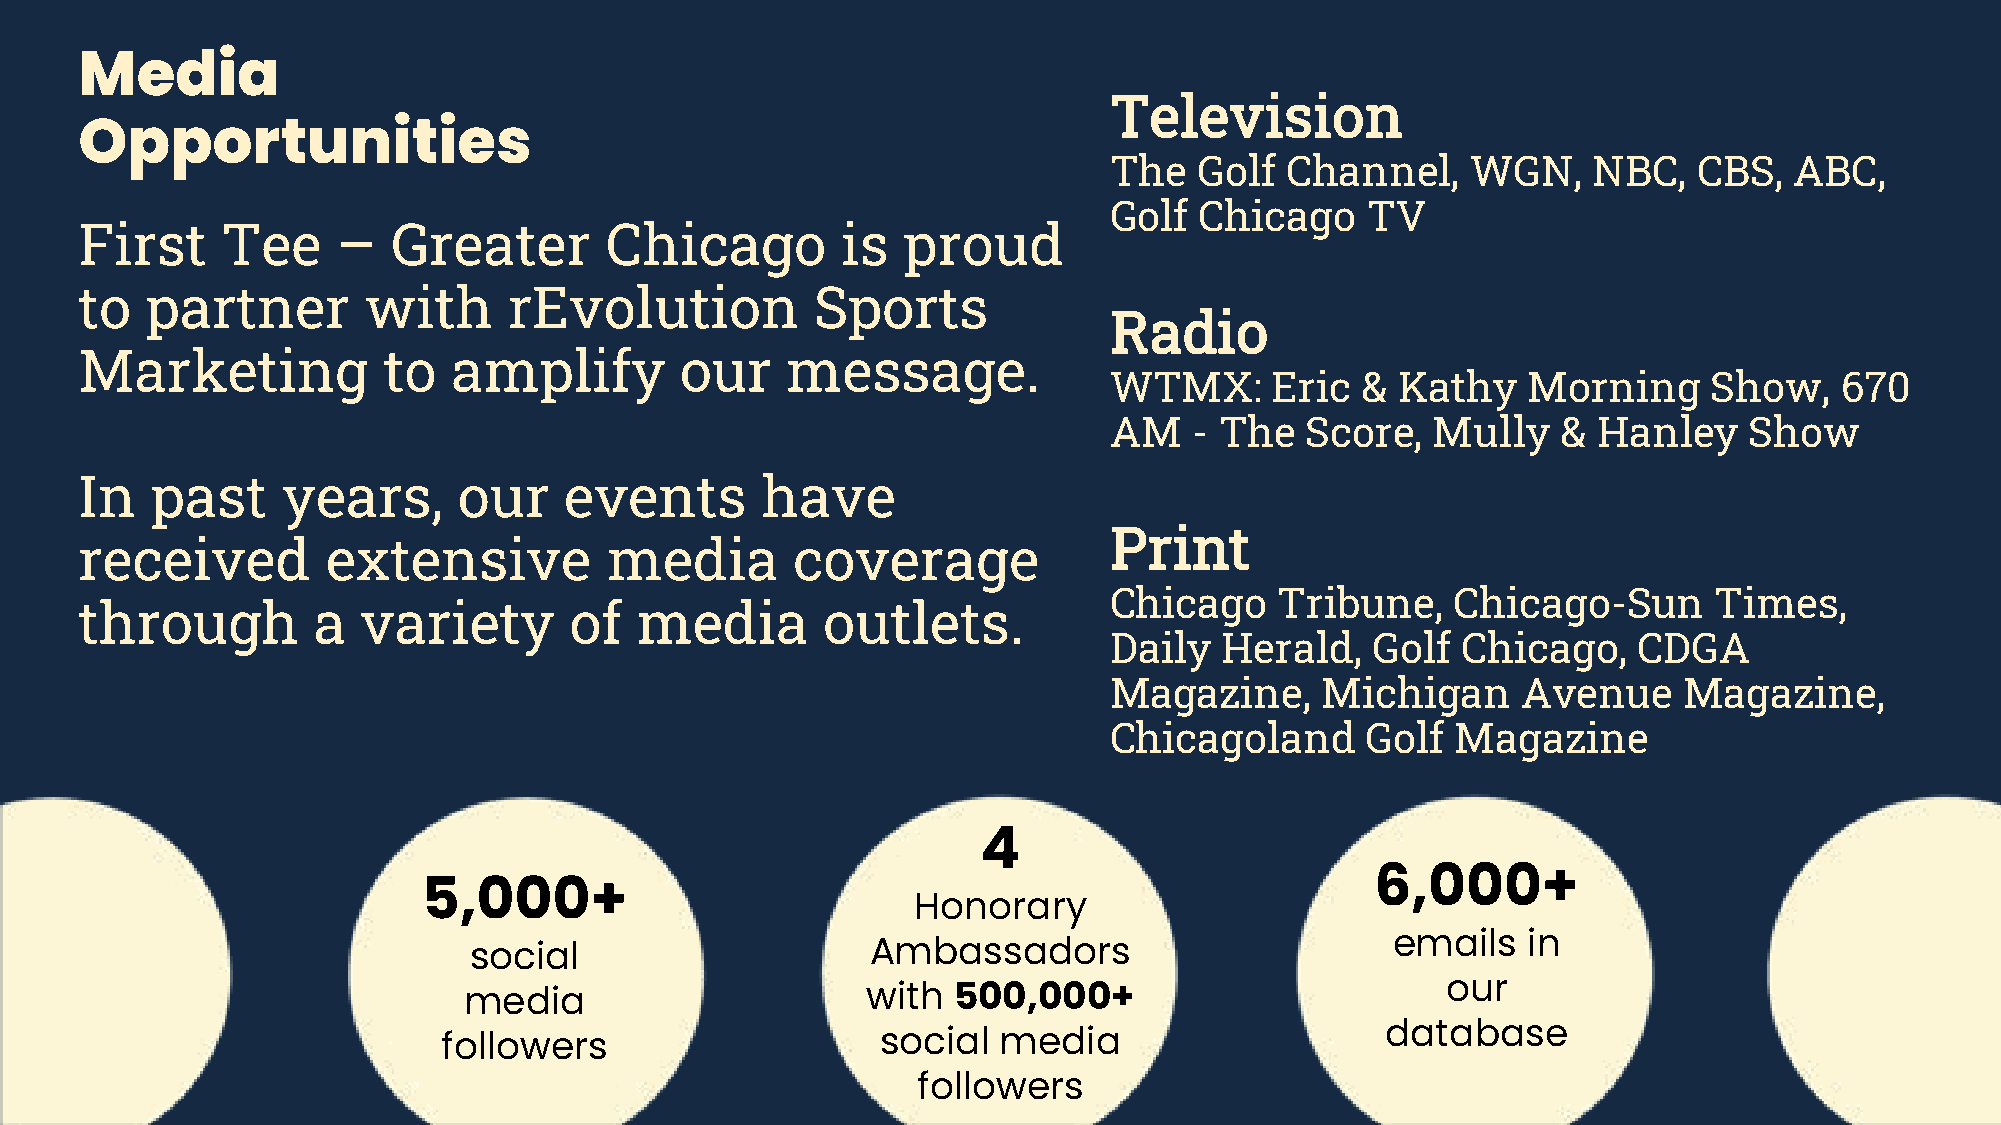
Media
 Television
 Opportunities
 The   Golf  Channel,    WGN,    NBC,   CBS,   ABC,
 Golf  Chicago    TV
 First     Tee    –   Greater       Chicago         is  proud
 to   partner       with      rEvolution          Sports
 Radio
 Marketing           to   amplify        our    message.
 WTMX:      Eric  &  Kathy   Morning     Show,    670
 AM    - The  Score,   Mully   &  Hanley    Show
 In   past     years,     our    events       have
 Print
 received         extensive         media       coverage
 Chicago     Tribune,   Chicago-Sun      Times,
 through         a  variety       of  media       outlets.
 Daily   Herald,   Golf  Chicago,   CDGA
 Magazine,     Michigan      Avenue    Magazine,
 Chicagoland      Golf  Magazine
 4
 6,000+
 5,000+
 Honorary
 emails   in
 social                     Ambassadors
 our
 media                     with  500,000+
 database
 followers                    social  media
 followers